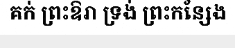
គក់ ព្រះឱរា ទ្រង់ ព្រះកន្សែង